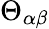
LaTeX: \Theta_{\alpha\beta}